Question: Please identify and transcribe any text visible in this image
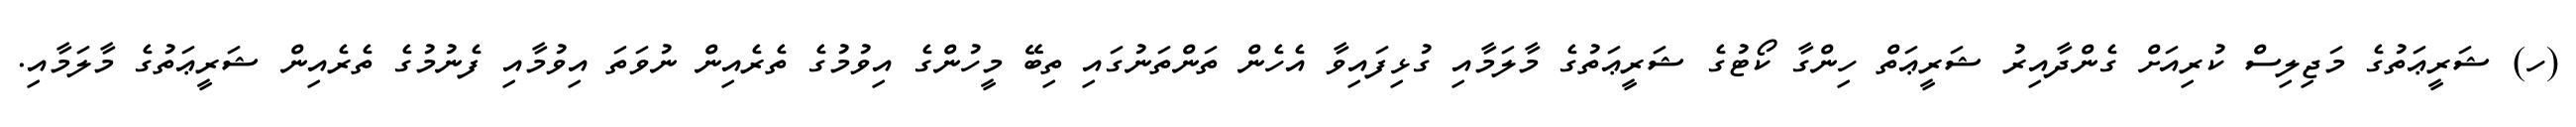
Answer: (ހ) ޝަރީޢަތުގެ މަޖިލިސް ކުރިއަށް ގެންދާއިރު ޝަރީޢަތް ހިންގާ ކޯޓުގެ ޝަރީޢަތުގެ މާލަމާއި ގުޅިފައިވާ އެހެން ތަންތަނުގައި ތިބޭ މީހުންގެ އިވުމުގެ ތެރެއިން ނުވަތަ އިވުމާއި ފެނުމުގެ ތެރެއިން ޝަރީޢަތުގެ މާލަމާއި.